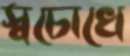
স্বচোখে